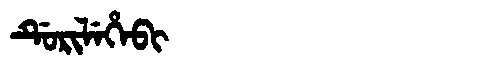
Manchu: ᡩᡠᡵᡳᠯᡝᡥᡝᠪᡳ
Romanization: DURILEHEBI